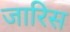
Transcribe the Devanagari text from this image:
जारिस